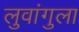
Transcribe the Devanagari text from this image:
लुवांगुला